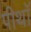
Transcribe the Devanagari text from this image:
पीथॉ